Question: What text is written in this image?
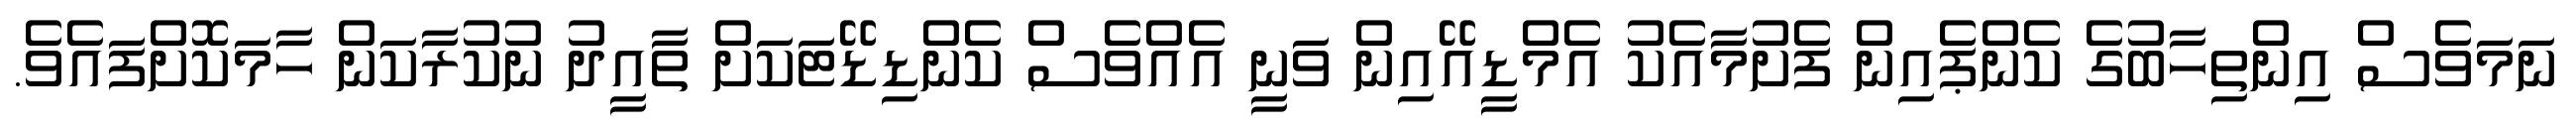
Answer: ނަމަވެސް އިންތިހާބުގެ ކެންޕެއިން ފެށުމާއެކު އެމްޑީއޭއިން ވަނީ އެއްވެސް ކެންޑިޑޭޓަކަށް ތާއީދު ނުކުރާކަން ހާމަކޮށްފައެވެ.